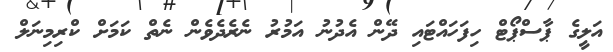
އަލީގެ ޕާސްޕޯޓް ހިފަހައްޓައި ދޭން އެދުނު އަމުރު ނެރެދެވެން ނެތް ކަމަށް ކްރިމިނަލް